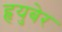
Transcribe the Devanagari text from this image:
हृयुबेर